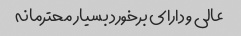
عالی و دارای برخورد بسیار محترمانه